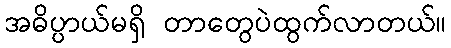
အဓိပ္ပာယ်မရှိ တာတွေပဲထွက်လာတယ်။